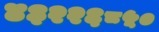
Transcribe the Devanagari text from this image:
४३२२६८५०